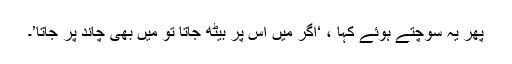
پھر یہ سوچتے ہوئے کہا ، ‘اگر میں اس پر بیٹھ جاتا تو میں بھی چاند پر جاتا’۔